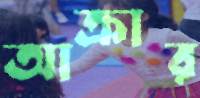
আক্রার